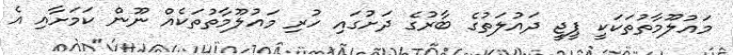
މައުލޫމާތުތަކަކީ ޕީޖީ ދައުލަތުގެ ބާރުގެ ދަށުގައި ހުރި މައުލޫމާތުތަކެއް ނޫން ކަމަށާއި އެ